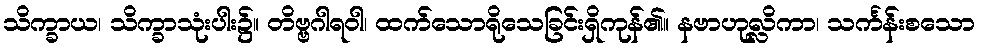
သိက္ခာယ၊ သိက္ခာသုံးပါး၌။ တိဗ္ဗဂါရဝါ၊ ထက်သောရိုသေခြင်းရှိကုန်၏။ နဗာဟုလ္လိကာ၊ သင်္ကန်းစသော